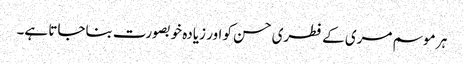
ہر موسم مری کے فطری حسن کو اور زیادہ خوبصورت بناجاتا ہے۔